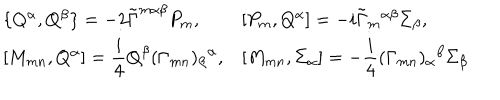
\begin{array} { l l } { { \{ Q ^ { \alpha } , Q ^ { \beta } \} = - 2 \tilde { \Gamma } ^ { m \alpha \beta } P _ { m } , } } & { { [ P _ { m } , Q ^ { \alpha } ] = - i \tilde { \Gamma } _ { m } { } ^ { \alpha \beta } \Sigma _ { \beta } , } } \\ { { { } [ M _ { m n } , Q ^ { \alpha } ] = \displaystyle \frac i 4 Q ^ { \beta } ( \Gamma _ { m n } ) _ { \beta } { } ^ { \alpha } , } } & { { [ M _ { m n } , \Sigma _ { \alpha } ] = - \displaystyle \frac i 4 ( \Gamma _ { m n } ) _ { \alpha } { } ^ { \beta } \Sigma _ { \beta } } } \\ \end{array}